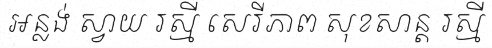
អន្លង់ ស្វាយ រស្មី សេរីភាព សុខសាន្ត រស្មី